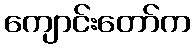
ကျောင်းတော်က